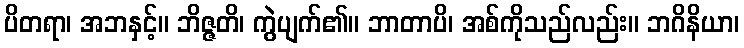
ပိတရာ၊ အဘနှင့်။ ဘိဇ္ဇတိ၊ ကွဲပျက်၏။ ဘာတာပိ၊ အစ်ကိုသည်လည်း။ ဘဂိနိယာ၊